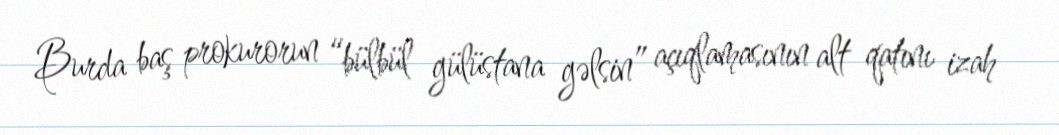
Burda baş prokurorun “bülbül gülüstana gəlsin” açıqlamasının alt qatını izah